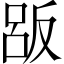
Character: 𠭤